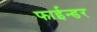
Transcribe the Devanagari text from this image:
फाईन्डर